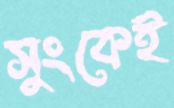
সুংকেই